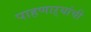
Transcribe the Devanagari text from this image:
पाहणाऱ्यांची